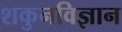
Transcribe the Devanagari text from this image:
शकुनविज्ञान